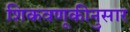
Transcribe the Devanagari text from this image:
शिकवणूकीनुसार